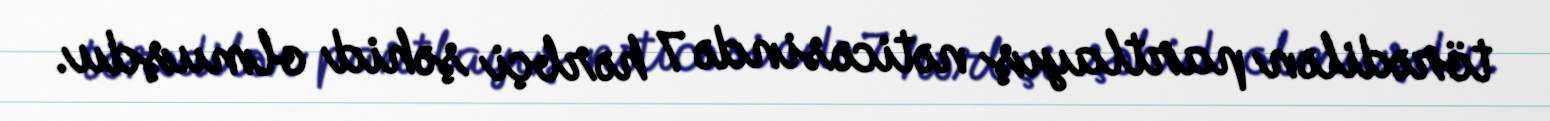
törədilən partlayış nəticəsində 7 hərbçi şəhid olmuşdu.